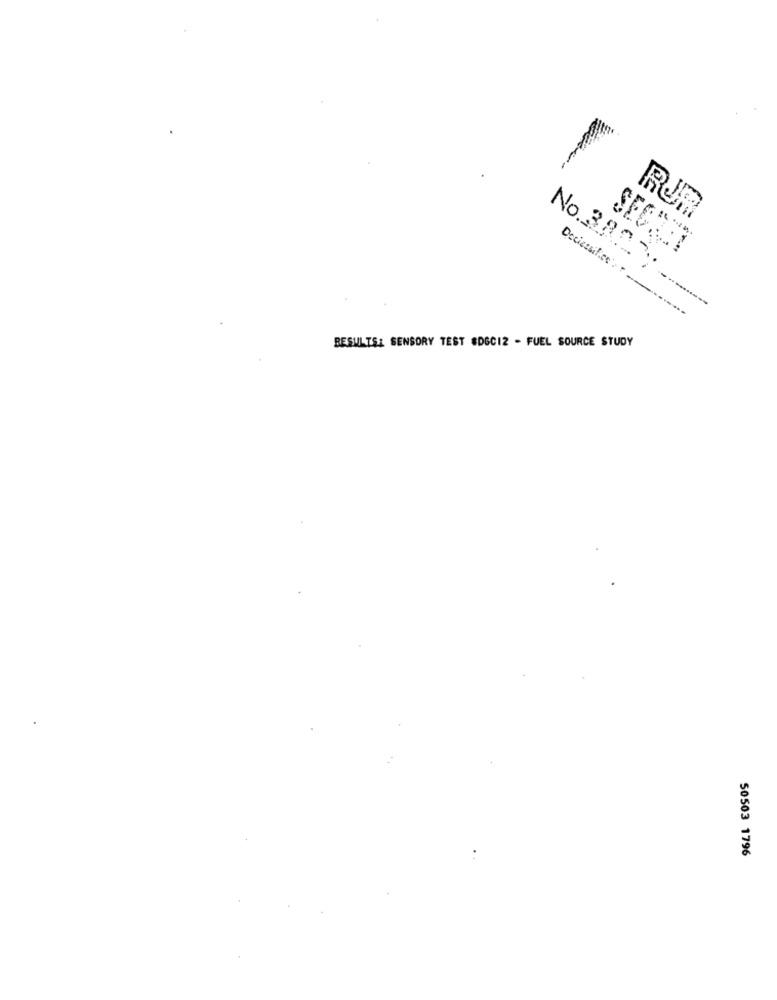
RUR
No.38.2.3.
------
RESULTSA SENSORY TEST #DGCIZ - FUEL SOURCE STUDY
50503 1796